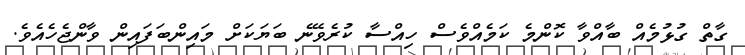
ގާތް ގުޅުމެއް ބާއްވާ ކޮންމެ ކަމެއްވެސް ހިއްސާ ކުރެވޭނެ ބަޔަކަށް މައިންބަފައިން ވާންޖެހެއެވެ.